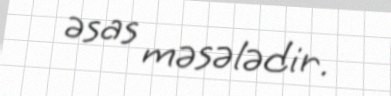
əsas məsələdir.